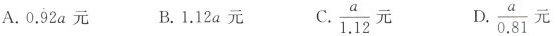
A.0.92a元 B.1.12a元 C. \frac{a}{1.12}元 D. \frac{a}{0.81}元